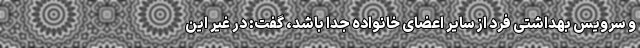
و سرویس بهداشتی فرد از سایر اعضای خانواده جدا باشد، گفت: در غیر این